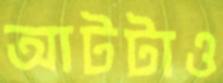
আটটাও